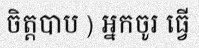
ចិត្តបាប ) អ្នកចូរ ធ្វើ